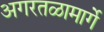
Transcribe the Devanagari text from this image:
अगरतळामार्गे